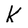
Character: K